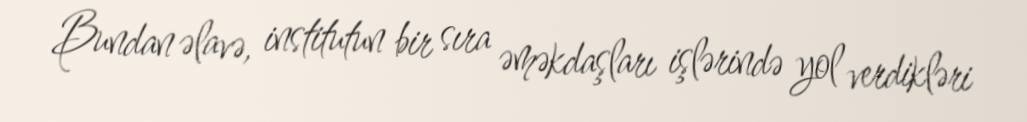
Bundan əlavə, institutun bir sıra əməkdaşları işlərində yol verdikləri